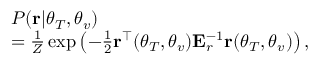
\begin{array} { r l } & { P ( { \bf r } | \boldsymbol { \theta } _ { T } , \boldsymbol { \theta } _ { v } ) } \\ & { = \frac { 1 } { Z } \exp \left( - \frac { 1 } { 2 } { \bf r } ^ { \top } ( \boldsymbol { \theta } _ { T } , \boldsymbol { \theta } _ { v } ) { \bf E } _ { r } ^ { - 1 } { \bf r } ( \boldsymbol { \theta } _ { T } , \boldsymbol { \theta } _ { v } ) \right) , } \end{array}